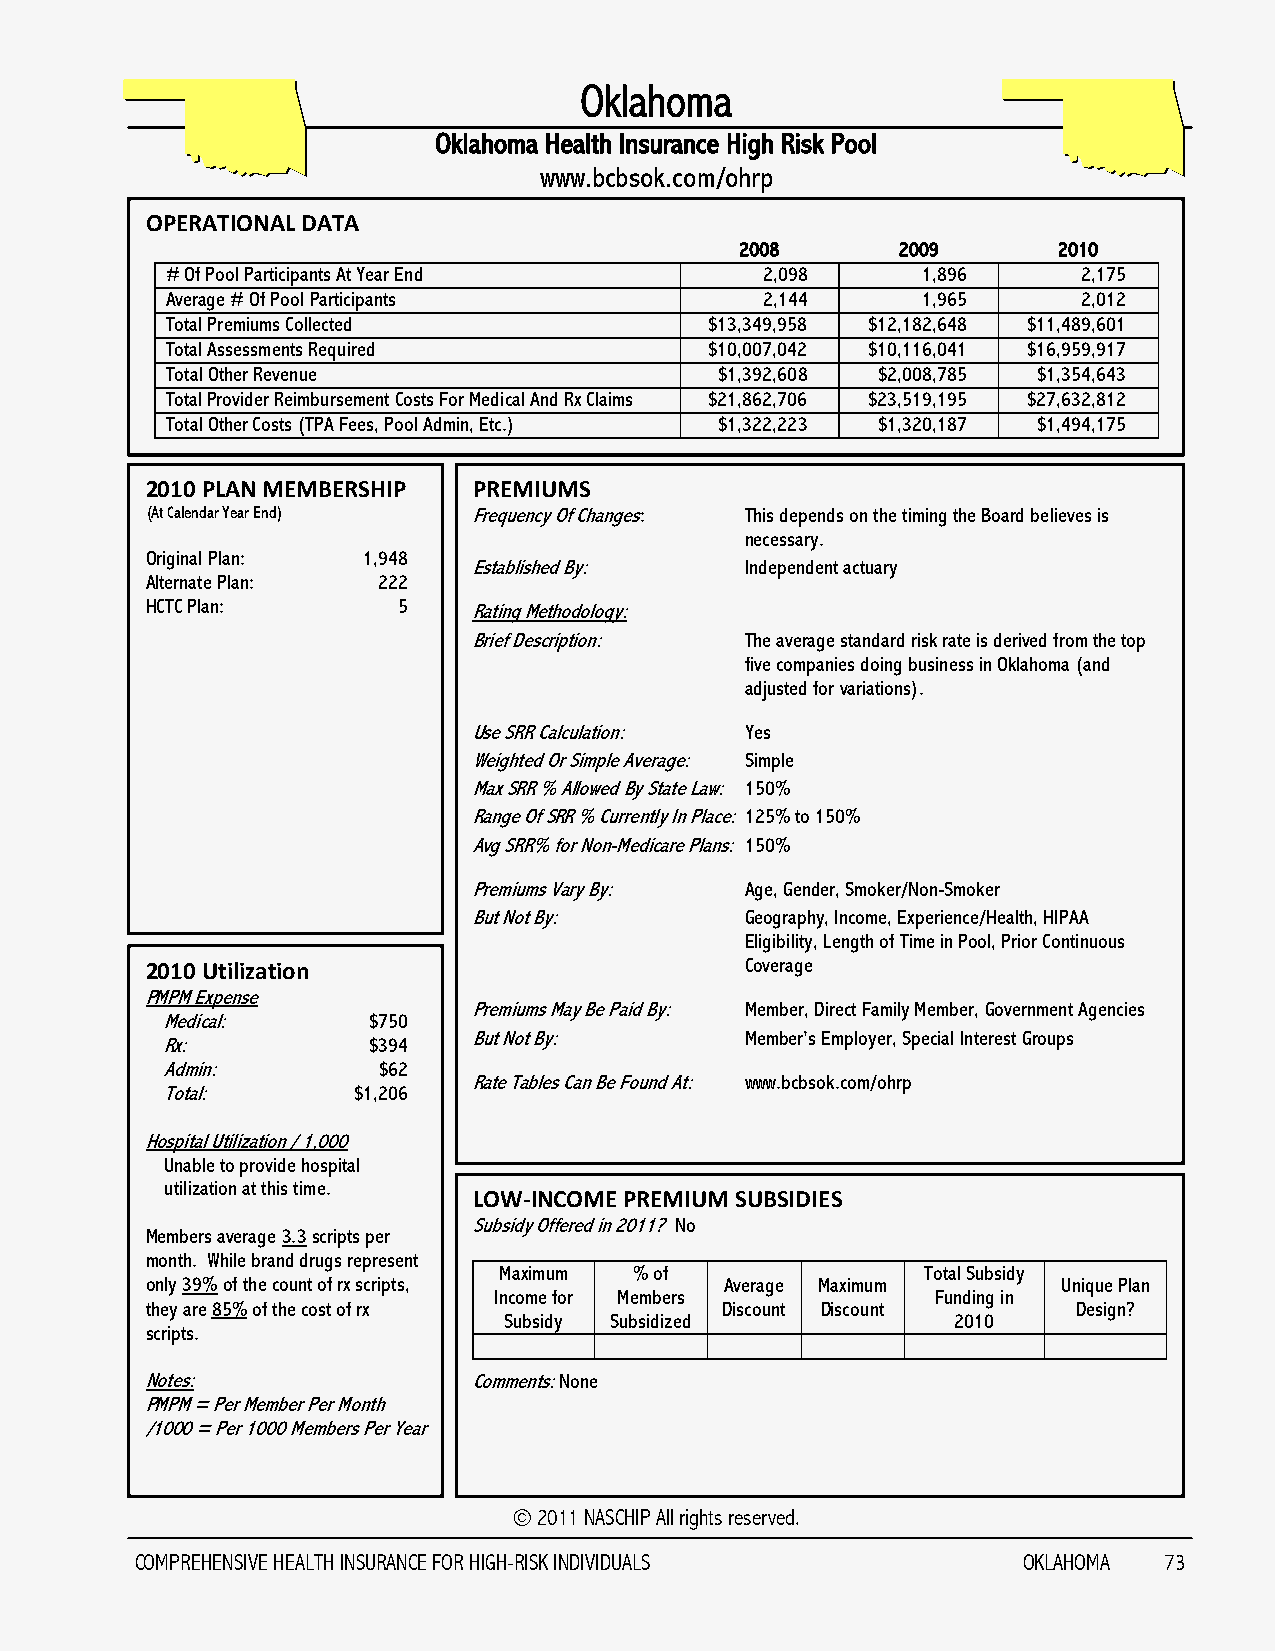
Oklahoma
 Oklahoma Health Insurance High Risk Pool
 www.bcbsok.com/ohrp
 OPERATIONAL DATA
 2008       2009      2010
 # Of Pool Participants At Year End     2,098      1,896      2,175
 Average # Of Pool Participants         2,144      1,965      2,012
 Total Premiums Collected            $13,349,958 $12,182,648 $11,489,601
 Total Assessments Required          $10,007,042 $10,116,041 $16,959,917
 Total Other Revenue                  $1,392,608 $2,008,785 $1,354,643
 Total Provider Reimbursement Costs For Medical And Rx Claims $21,862,706 $23,519,195 $27,632,812
 Total Other Costs (TPA Fees, Pool Admin, Etc.) $1,322,223 $1,320,187 $1,494,175
 2010 PLAN MEMBERSHIP PREMIUMS
 (At Calendar Year End) Frequency Of Changes: This depends on the timing the Board believes is
 necessary.
 Original Plan: 1,948
 Established By:   Independent actuary
 Alternate Plan: 222
 HCTC Plan:      5    Rating Methodology:
 Brief Description: The average standard risk rate is derived from the top
 five companies doing business in Oklahoma (and
 adjusted for variations).
 Use SRR Calculation: Yes
 Weighted Or Simple Average: Simple
 Max SRR % Allowed By State Law: 150%
 Range Of SRR % Currently In Place: 125% to 150%
 Avg SRR% for Non-Medicare Plans: 150%
 Premiums Vary By: Age, Gender, Smoker/Non-Smoker
 But Not By:       Geography, Income, Experience/Health, HIPAA
 Eligibility, Length of Time in Pool, Prior Continuous
 2010 Utilization                       Coverage
 PMPM Expense
 Premiums May Be Paid By: Member, Direct Family Member, Government Agencies
 Medical:     $750
 Rx:          $394
 But Not By:       Member‟s Employer, Special Interest Groups
 Admin:        $62
 Rate Tables Can Be Found At: www.bcbsok.com/ohrp
 Total:      $1,206
 Hospital Utilization / 1,000
 Unable to provide hospital
 utilization at this time.
 LOW-INCOME PREMIUM SUBSIDIES
 Subsidy Offered in 2011? No
 Members average 3.3 scripts per
 month. While brand drugs represent
 Maximum  % of               Total Subsidy
 only 39% of the count of rx scripts,  Average Maximum       Unique Plan
 Income for Members           Funding in
 they are 85% of the cost of rx        Discount Discount      Design?
 Subsidy Subsidized            2010
 scripts.
 Notes:               Comments: None
 PMPM = Per Member Per Month
 /1000 = Per 1000 Members Per Year
 © 2011 NASCHIP All rights reserved.
 COMPREHENSIVE HEALTH INSURANCE FOR HIGH-RISK INDIVIDUALS   OKLAHOMA 73